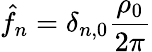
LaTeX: \hat{f}_{n}=\delta_{n,0}{\frac{\rho_{0}}{2\pi}}